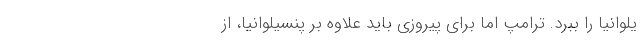
یلوانیا را ببرد. ترامپ اما برای پیروزی باید علاوه بر پنسیلوانیا، از